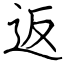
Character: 返